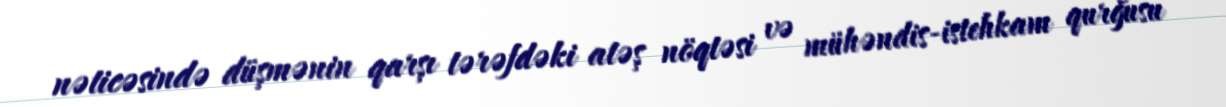
nəticəsində düşmənin qarşı tərəfdəki atəş nöqtəsi və mühəndis-istehkam qurğusu